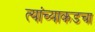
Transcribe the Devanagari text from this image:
त्यांच्याकडचा